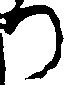
つ